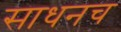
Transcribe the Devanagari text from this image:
साधनच